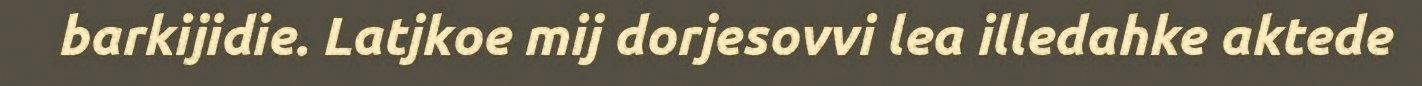
barkijidie. Latjkoe mij dorjesovvi lea illedahke aktede